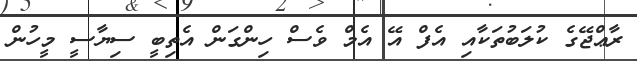
ރާޢްޖޭގެ ކުލަބުތަކާއި އެފް އޭ އެމް ވެސް ހިންގަން އެތިބީ ސިޔާސީ މީހުން